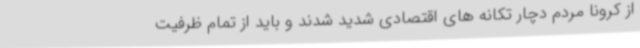
از کرونا مردم دچار تکانه های اقتصادی شدید شدند و باید از تمام ظرفیت